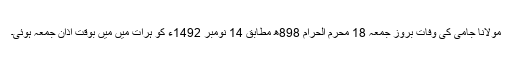
مولانا جامی کی وفات بروز جمعہ 18 محرم الحرام 898ھ مطابق 14 نومبر 1492ء کو ہرات میں میں بوقت اذانِ جمعہ ہوئی۔